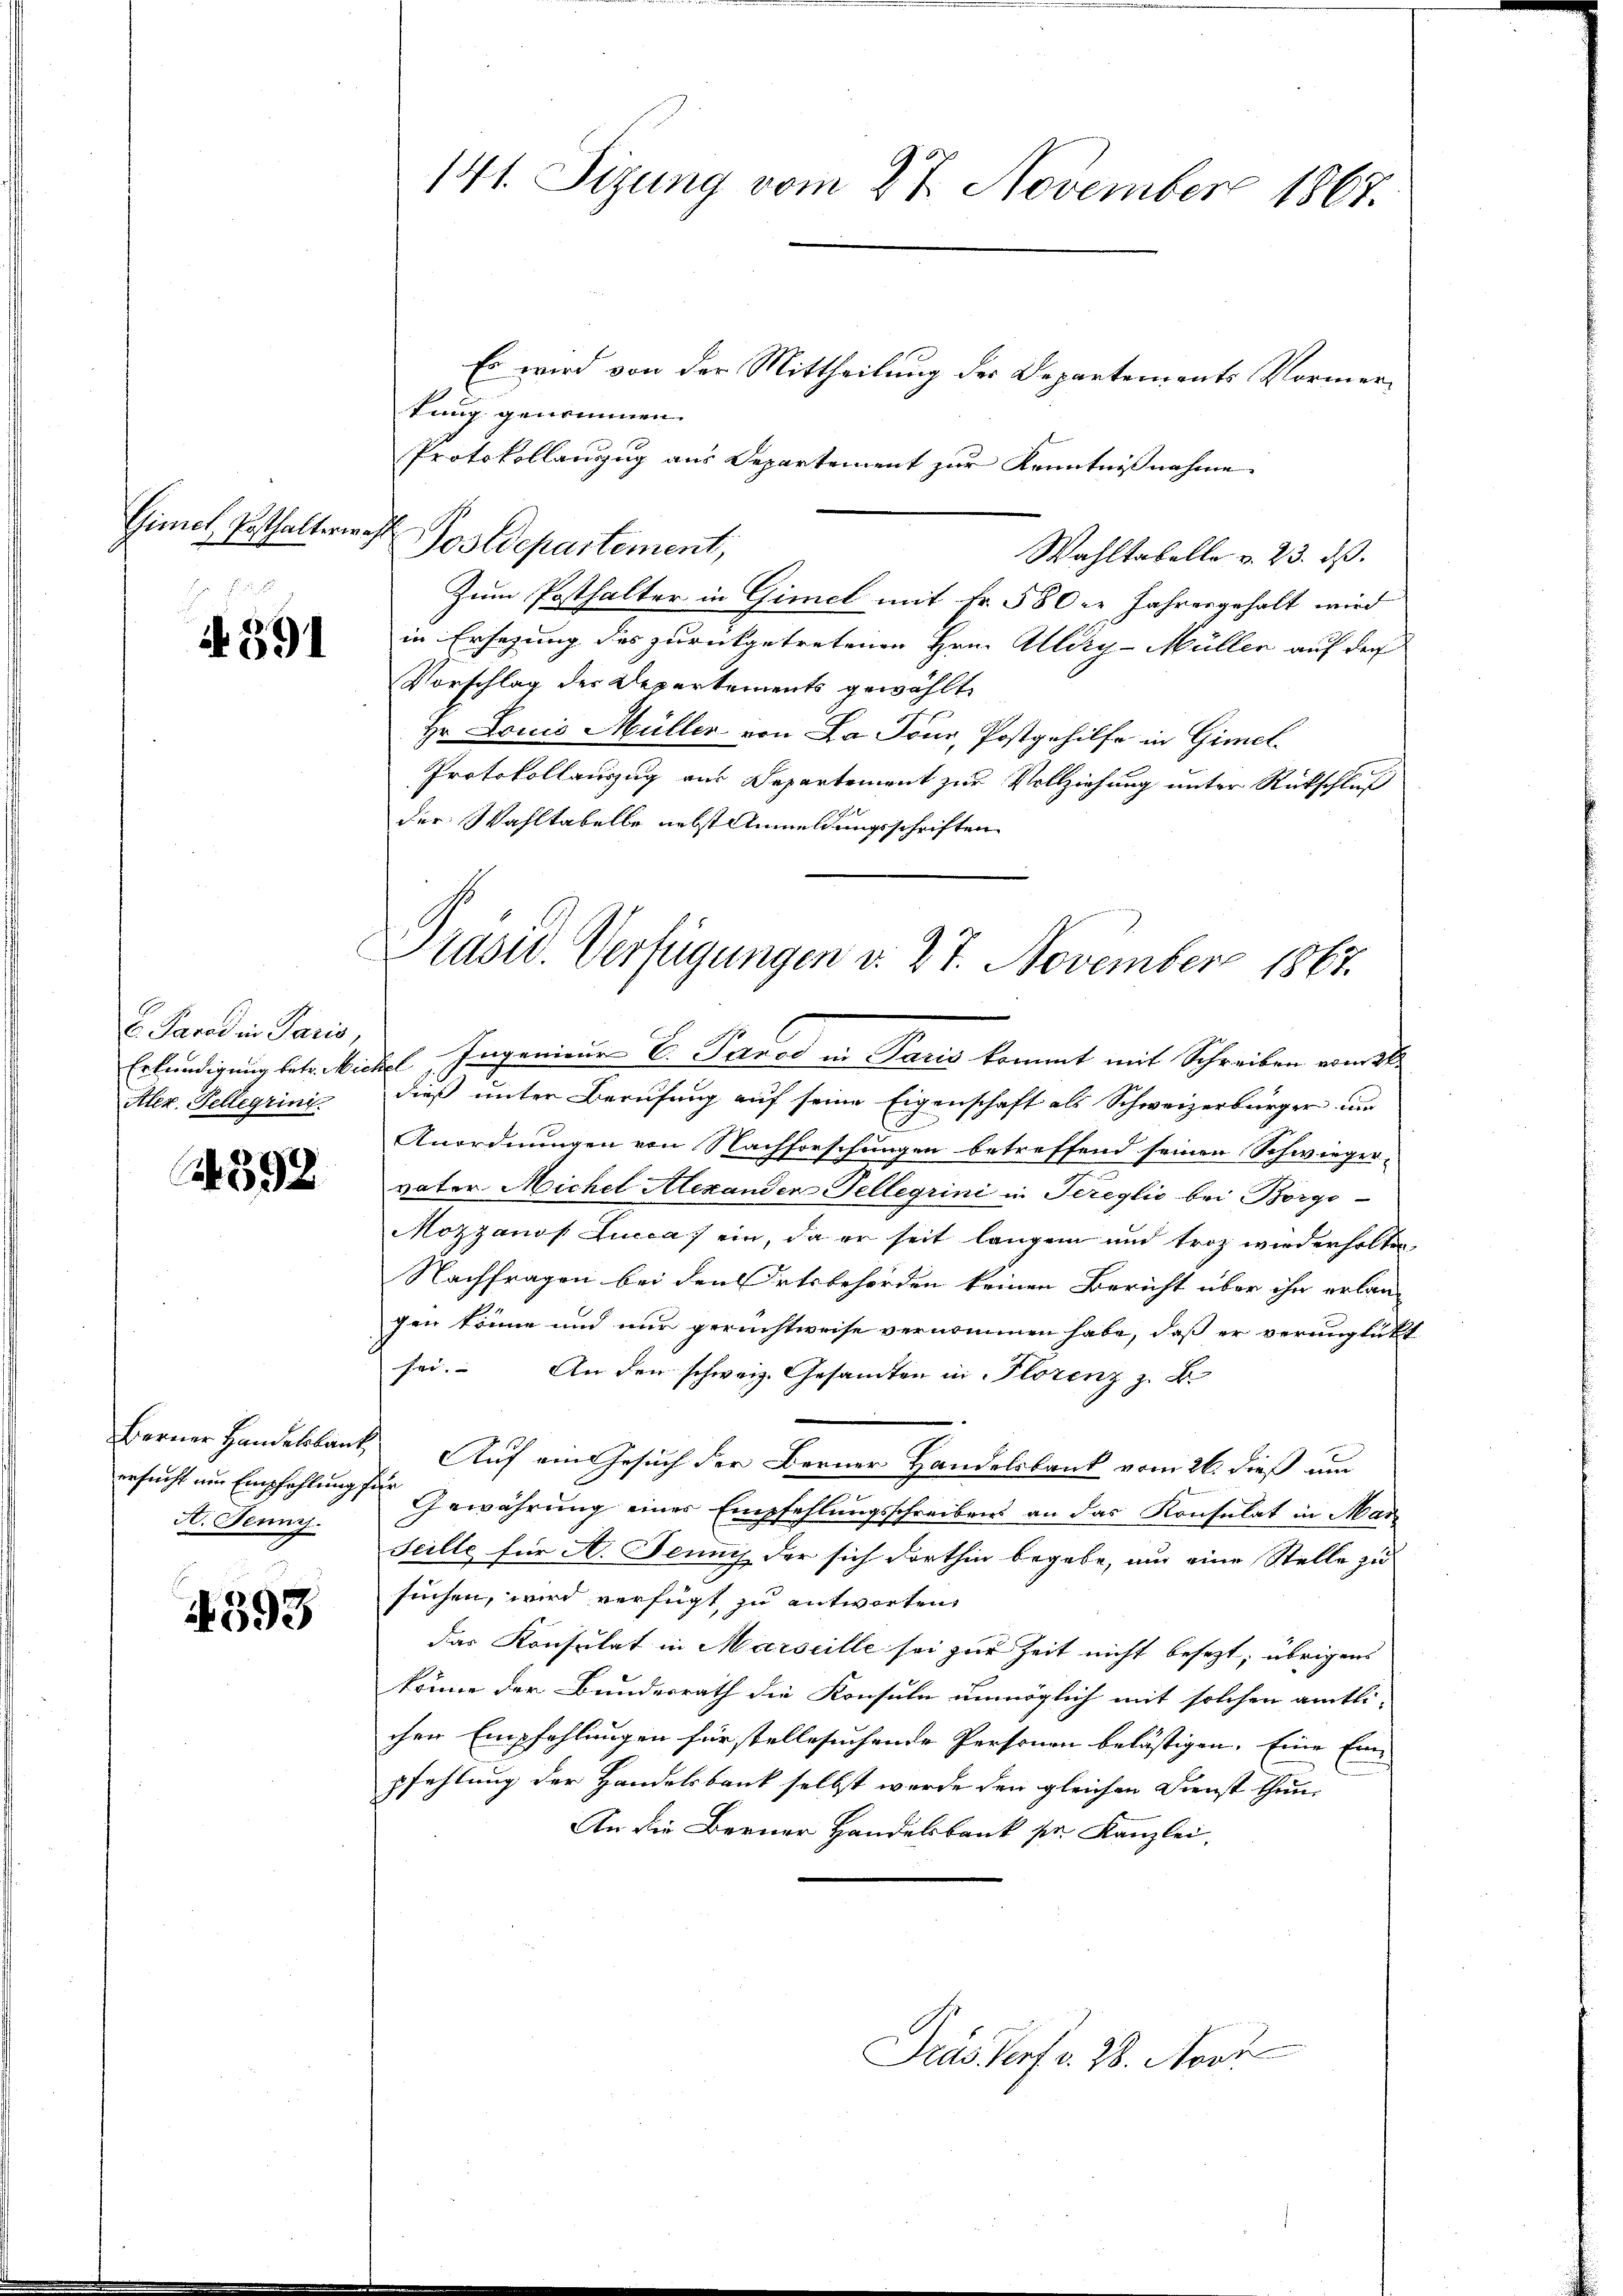
Gimel, Posthalterwahl

N 591

E. Parad in Paris,
Alez. Tellegrini

392

Berner Handelskant,
A. Jennij

4393

141. Sizung vom 27. November 1867.

Tasw. Verfügungen v. 27. November 1867.

Es wird von der Mittheilung der Departements Vormertung genommen.
Protokollanzug aus Departement zur Kenntnißnahme
Postdepartement,
Wahltabelle v. 23. ds.
Zum Posthalter in Gimel mit Fr. 580er Jahresgehalt wird
in Ersezung des zurückgetretenen Hrn. Allery-Müller auf der
Vorschlag der Departements gewählt
Hr. Louis Müller von La Tour, Postgehilfe in Gimel
Protokollauszug aus Departement zur Vollziehung unter Rückschluß
der Wahltabelle nebst Anmeldungsschriften
Erkundigung betr. Nickel Ingenieur C. Parod in Paris kommt mit Schreiben vom 2t
dieß unter Berufung auf seine Eigenschaft als Schweizerbürger um
Anordnungen von Nachforschungen betreffend seinen Schwieger-
vater Michel Alexander Tellegrini in Tereglio bei Borgo-
Mozzanos Lucca, ein, da er seit langen und troz wiederholten
Nachfragen bei den Ortsbehörden keinen Bericht über ihn erlangen könne und nur gerechtweise vernommen habe, daß er verunglickt
sei. An den schweiz. Gesandten in Florenz z. B.
 Auf ein Gesuch der Berner Handelsbank vom 26. dieß um
ersucht um Empfehlung seine Gewährung einer Empfehlungsschreibens an das Konsulat in Mar¬
Scille für A. Jennis der sich dorthin begebe, um eine Stelle zu
suchen, wird verfügt zu antworten,
das Konsulat in Marseille sei zur Zeit nicht besezt, übrigens
könne der Bundesrath die Konsuln unmöglich mit solchen amtli-
chen Empfehlungen für stelle suchende Personen belästigen. Eine Ein-
pfehlung der Handelsbank selbst werde den gleichen Dienst thun
An die Berner Handelsbank pr. Kanzlei,

Pras Verf. 28. Apot